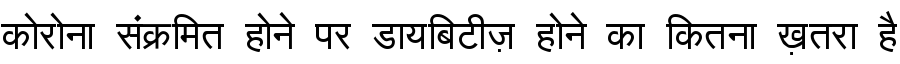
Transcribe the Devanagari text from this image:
कोरोना संक्रमित होने पर डायबिटीज़ होने का कितना ख़तरा है